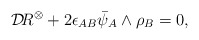
\begin{align*}{\cal D}\!R^{\otimes}+2\epsilon_{AB}\bar\psi_A\wedge\rho_B=0,\end{align*}